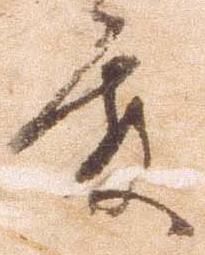
殿